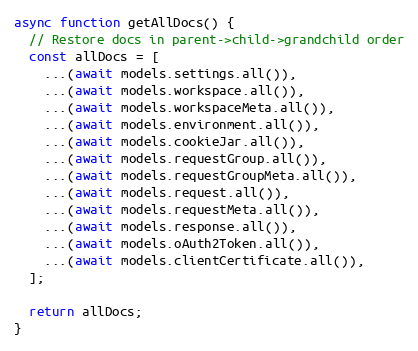
Language: JavaScript
async function getAllDocs() {
  // Restore docs in parent->child->grandchild order
  const allDocs = [
    ...(await models.settings.all()),
    ...(await models.workspace.all()),
    ...(await models.workspaceMeta.all()),
    ...(await models.environment.all()),
    ...(await models.cookieJar.all()),
    ...(await models.requestGroup.all()),
    ...(await models.requestGroupMeta.all()),
    ...(await models.request.all()),
    ...(await models.requestMeta.all()),
    ...(await models.response.all()),
    ...(await models.oAuth2Token.all()),
    ...(await models.clientCertificate.all()),
  ];

  return allDocs;
}